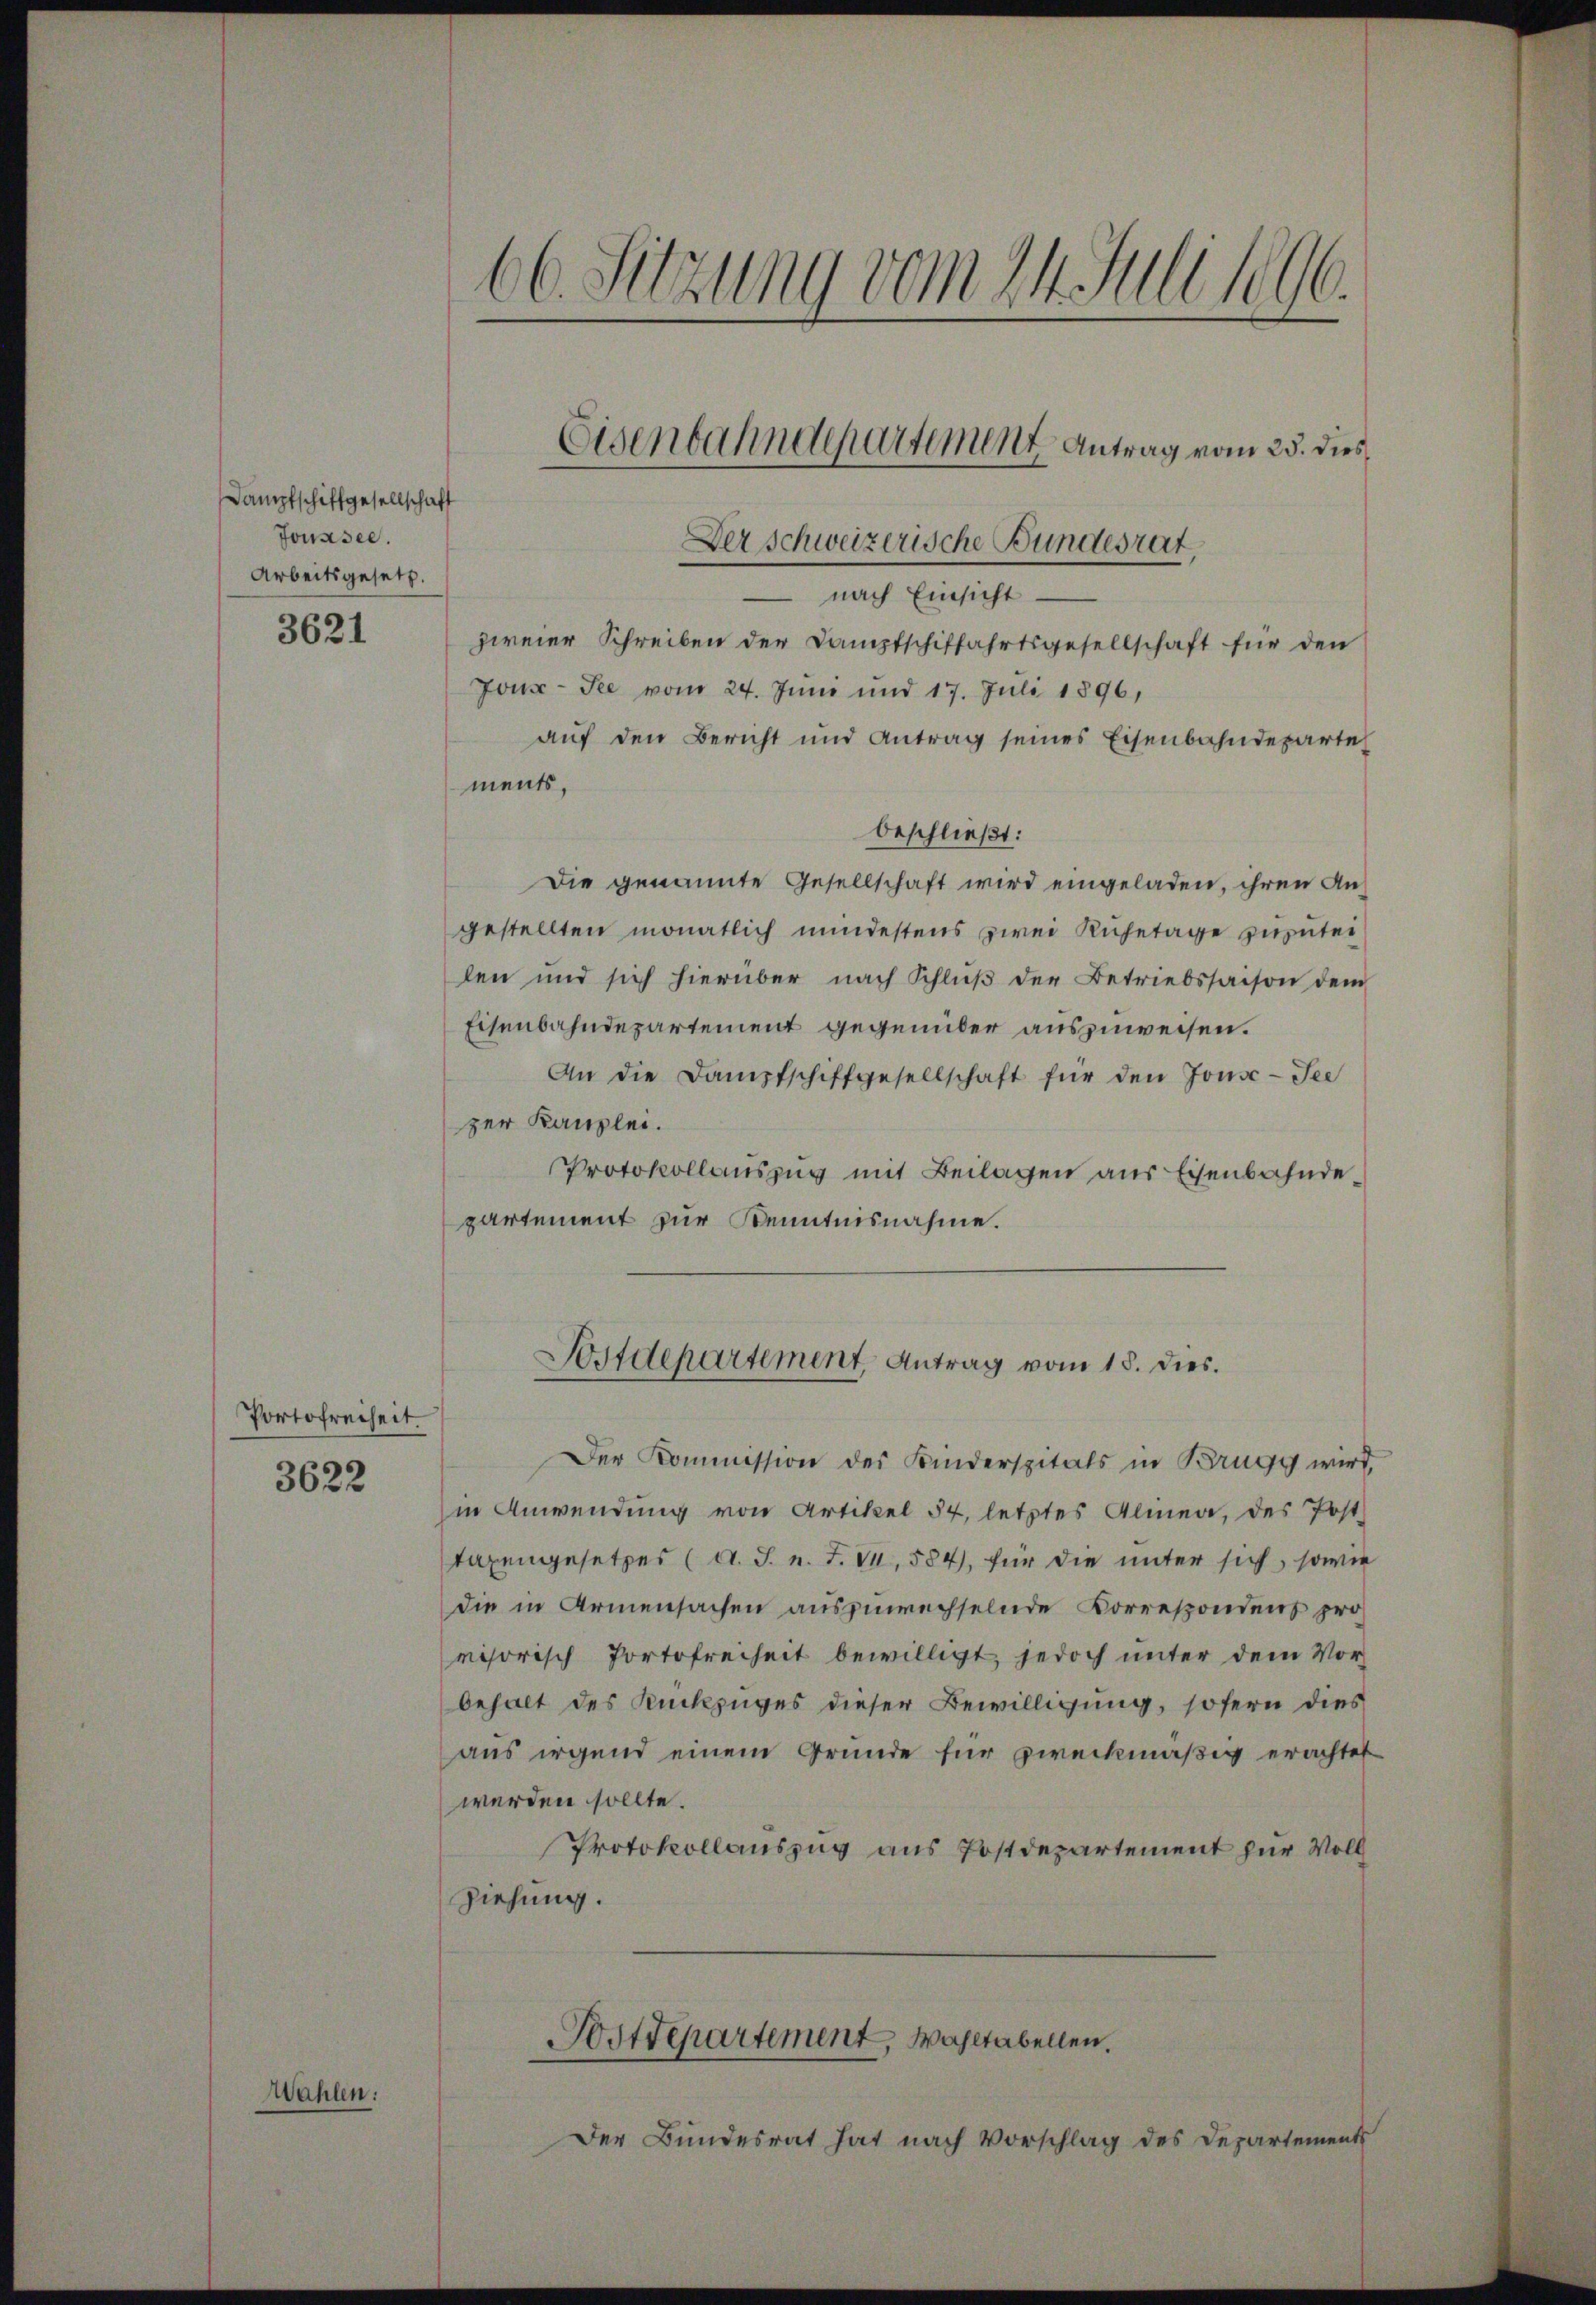
Dampfschiffgesellschaft
Jonasee.
Arbeitsgesetz.
3621

Portofreiheit.

3622

Wahlen.

66. Sitzung vom 24. Juli 1896.

Der schweizerische Bundesrat
 nach Einsicht
zweier Schreiben der Dampfschiffahrtsgesellschaft für den
Jon-See vom 24. Juni und 17. Juli 1896,
auf den Bericht und Antrag seines Eisenbahndeparte
ments,
beschließt:
Die genannte Gesellschaft wird eingeladen, ihren Angestellten monatlich mindestens zwei Ruhetage zuzuteilen und sich hierüber nach Schlŭβ der Betriebssaison dem
Eisenbahndepartement gegenüber auszuweisen.
An die Dampfschiffgesellschaft für den Jonsc-See
zer Kanzlei.
Protokollauszug mit Beilagen aus Eisenbahndepartement zur Kenntnisnahme.

Eisenbahndepartement Antrag vom 25. dies

Der Kommission des Kinderspitals in Brugg wird,
in Anwendung von Artikel 54, letztes Alinea, des Post
taxengesetzes (A. J. n. F. VI, 584, für die unter sich, sowie
die in Armensachen auszuwechselnde Korrespondens pro
risorisch Portofreiheit bewilligt, jedoch unter dem Vorbehalt des Rückzuges dieser Bewilligung, sofern dies
aus irgend einem Grunde für zweckmäßig erachtet
werden sollte.
Protokollauszug aus Postdepartement zur Voll
Ziehung.
Postdepartement, Wahltabellen.
Der Bundesrat hat nach Vorschlag des Departements

Postdepartement, Antrag vom 18. dies.